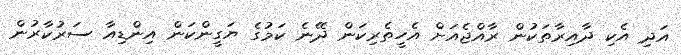
އަދި އެކި ދާއިރާތަކުން ރާއްޖެއަށް އެހީތެރިކަން ދޭނެ ކަމުގެ ޔަގީންކަން އިންޑިއާ ސަރުކާރުން